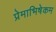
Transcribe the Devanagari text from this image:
प्रेमाभिषेकम